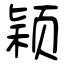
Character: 颖